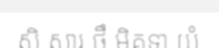
សិ សារ ថឹ មិគទា យំ